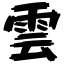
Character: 雲